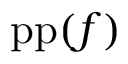
\operatorname { p p } ( f )